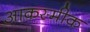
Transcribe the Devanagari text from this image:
आकस्मीक